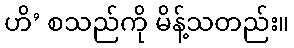
ဟိ’ စသည်ကို မိန့်သတည်း။